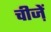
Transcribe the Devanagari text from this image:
चीजे़ें